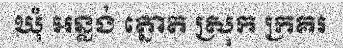
ឃុំ អន្លង់ ត្នោត ស្រុក ក្រគរ